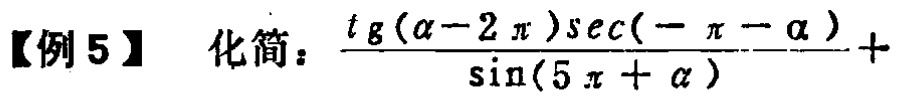
【例 5】化简：$\frac{\mathrm{tg}(\alpha - 2\pi)\mathrm{sec}(-\pi - \alpha)}{\sin(5\pi+\alpha)} +$